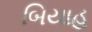
બિયાહ